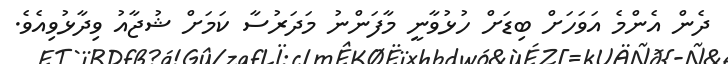
ދެން އެންމެ އަވަހަށް ބިޑަށް ހުޅުވާނީ މާފަންނު މަދަރުސާ ކަމަށް ޝުޖާއު ވިދާޅުވިއެވެ.